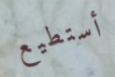
أستطيع